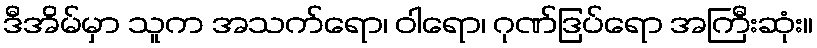
ဒီအိမ်မှာ သူက အသက်ရော၊ ဝါရော၊ ဂုဏ်ဒြပ်ရော အကြီးဆုံး။